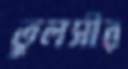
তুলসীর